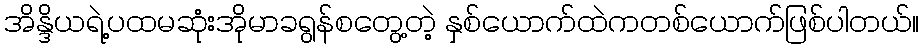
အိန္ဒိယရဲ့ပထမဆုံးအိုမာခရွန်စတွေ့တဲ့ နှစ်ယောက်ထဲကတစ်ယောက်ဖြစ်ပါတယ်။